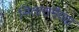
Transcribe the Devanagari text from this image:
सितारामैय्या